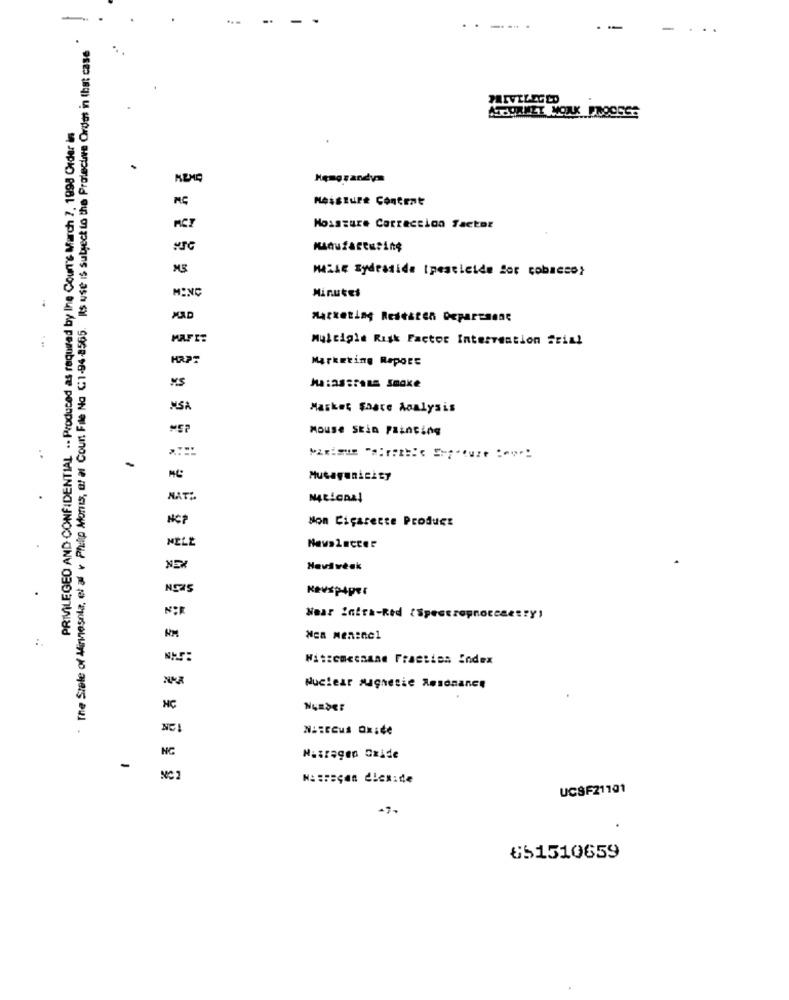
.---
--
-
...
The Stele of Minnesota, et al v Philip Morris, of af Coun File No C1-94-8565. Is use is subject to the Protective Ordet in that case
PRIVILEGED AND CONFIDENTIAL .. Produced as required by The Court's March 7, 1998 Order in
Hengrandym
Moisture Content
MC
Moisture Carraccion factor
MaisE Sydesside Ipesticide Sor cobacco>
MINC
Minutes
Marketing Redditch Department
Multiple Risk Factor Intervention Trial
Marketing Report
MaiaStrALE Smoke
NSA
Market Share Analysis
Mouse Stin Painting
-
Mutagenicity
.
NATZ
NCP
Non Cigarette Product
NE
Havivésk
.
HM
Nen Meninel
Witzemcenane Fracties Index
Nuclear Magnetic Resonance
HC
NG
Nitrogen Oxide
-
MC 2
NasPEÇen dieside
UCSF21101
651510659